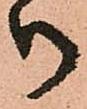
御